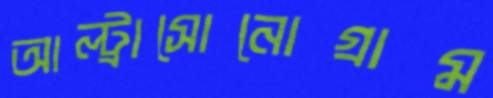
আল্ট্রাসোনোগ্রাম